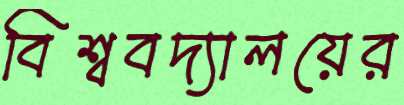
বিশ্ববদ্যালয়ের